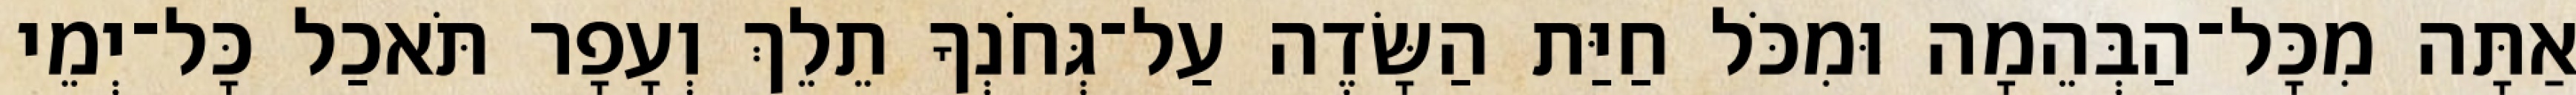
אַתָּה מִכָּל־הַבְּהֵמָה וּמִכֹּל חַיַּת הַשָּׂדֶה עַל־גְּחֹנְךָ תֵלֵךְ וְעָפָר תֹּאכַל כָּל־יְמֵי